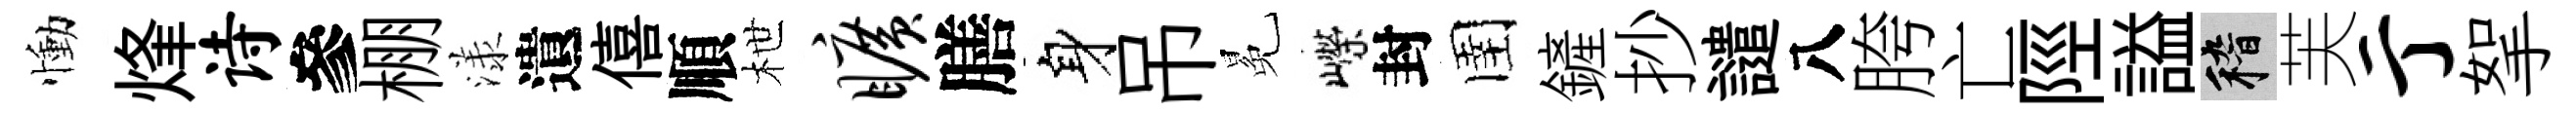
慟烽诗參棚漾遺僖順枻旷膳身吊冕嶸封圉鏟抄譴八胯亡陘謚稽芙亍挐